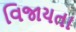
વિજાયતા